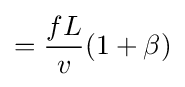
={\frac {fL}{v}}(1+\beta )